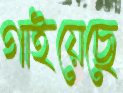
গাইয়েছে